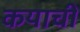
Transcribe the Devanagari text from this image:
कयाचीं